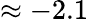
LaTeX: \approx-2.1